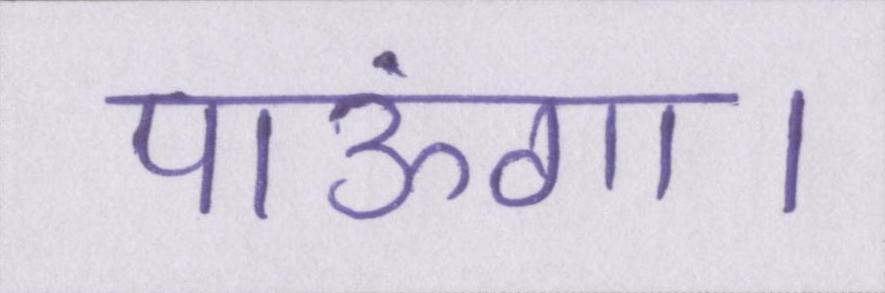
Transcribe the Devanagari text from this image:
पाऊंगा।